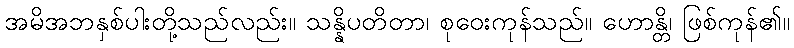
အမိအဘနှစ်ပါးတို့သည်လည်း။ သန္နိပတိတာ၊ စုဝေးကုန်သည်။ ဟောန္တိ၊ ဖြစ်ကုန်၏။